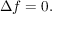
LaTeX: \ \Delta f = 0 .